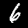
Label: 6